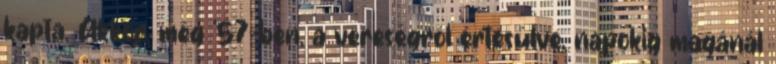
kapta. Akkor, még ’57-ben, a vereségről értesülve, napokig magánál